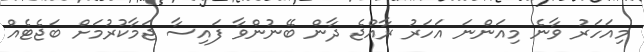
މިއަހަރު ވާނެ މިއަންނަ އަހަރު ރާއްޖެ ދާން ބޭނުންވާ ފައިސާ ޖަމާކުރުމަށް ބަޖެޓެއް